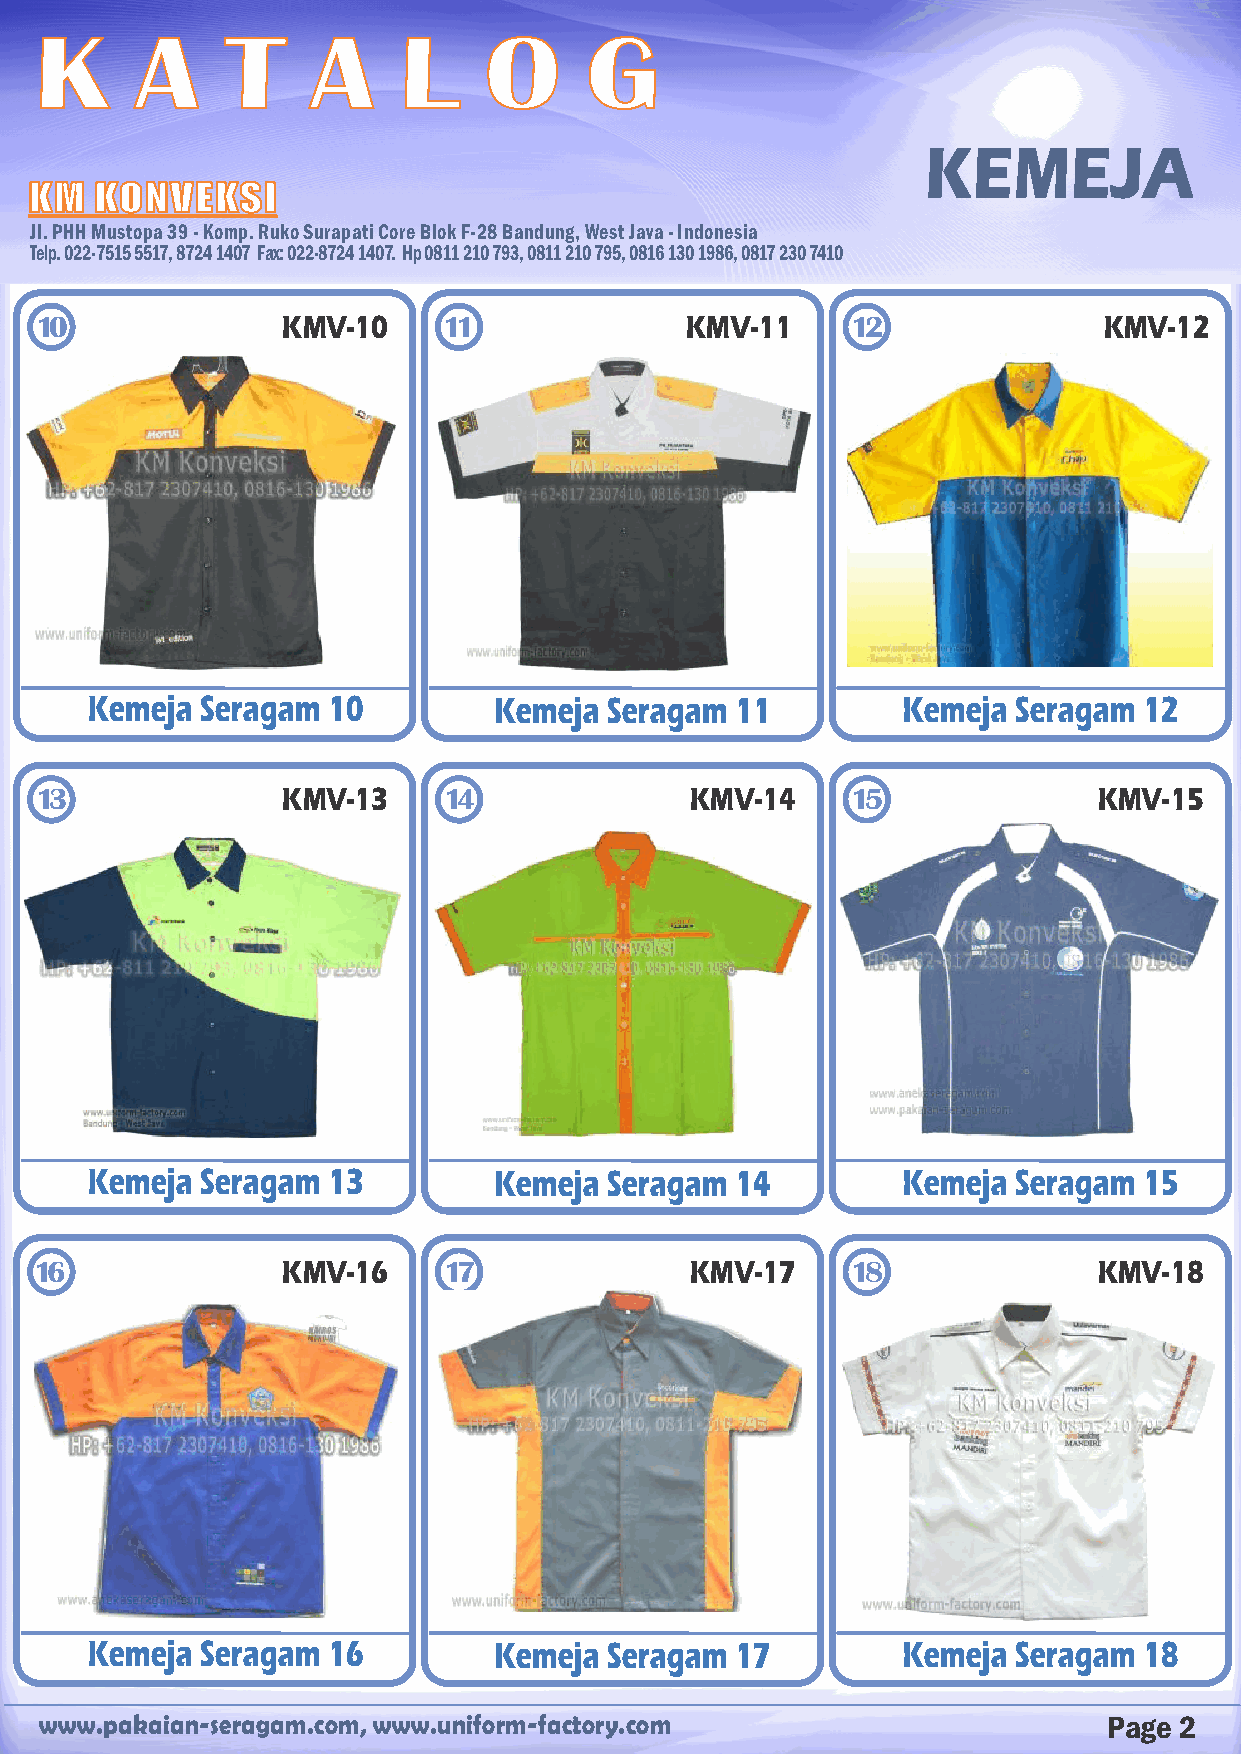
K      A     T    A     L     O      G
 KEMEJA
 KM  KONVEKSI
 Jl. PHH Mustopa 39 - Komp. Ruko Surapati Core Blok F-28 Bandung, West Java - Indonesia
 Telp. 022-7515 5517, 8724 1407 Fax: 022-8724 1407. Hp 0811 210 793, 0811 210 795, 0816 130 1986, 0817 230 7410
 10               KMV-10    11              KMV-11     12               KMV-12
 Kemeja Seragam  10         Kemeja Seragam  11         Kemeja Seragam  12
 13               KMV-13    14               KMV-14    15               KMV-15
 Kemeja Seragam  13         Kemeja Seragam  14         Kemeja Seragam  15
 16               KMV-16    17               KMV-17    18               KMV-18
 Kemeja Seragam  16         Kemeja Seragam  17         Kemeja Seragam  18
 www.pakaian-seragam.com, www.uniform-factory.com                      Page 2